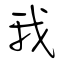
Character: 我